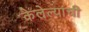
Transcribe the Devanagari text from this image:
केलेल्यांची